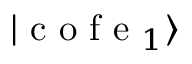
| \mathrm { ~ c ~ o ~ f ~ e ~ } _ { 1 } \rangle